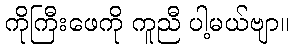
ကိုကြီးဖေကို ကူညီ ပါ့မယ်ဗျာ။